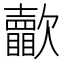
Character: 𣤺